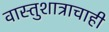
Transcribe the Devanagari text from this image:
वास्तुशात्राचाही